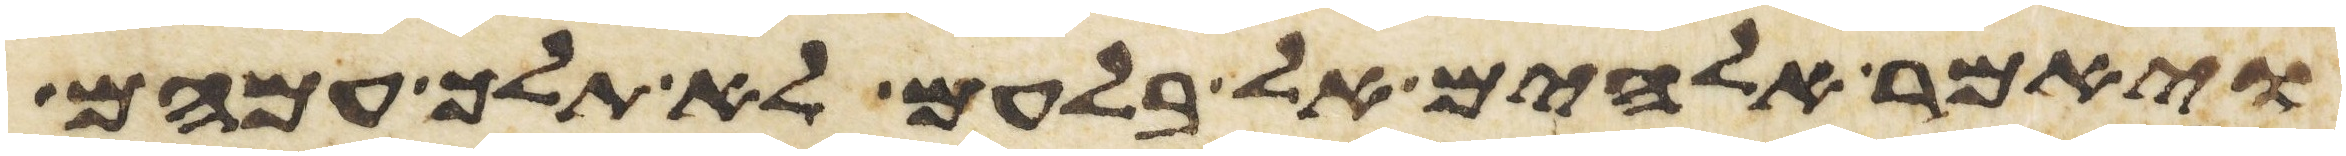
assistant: ויאמר אלהים אל בלעם לא תלך עמהם